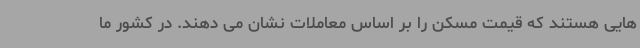
هایی هستند که قیمت مسکن را بر اساس معاملات نشان می دهند. در کشور ما